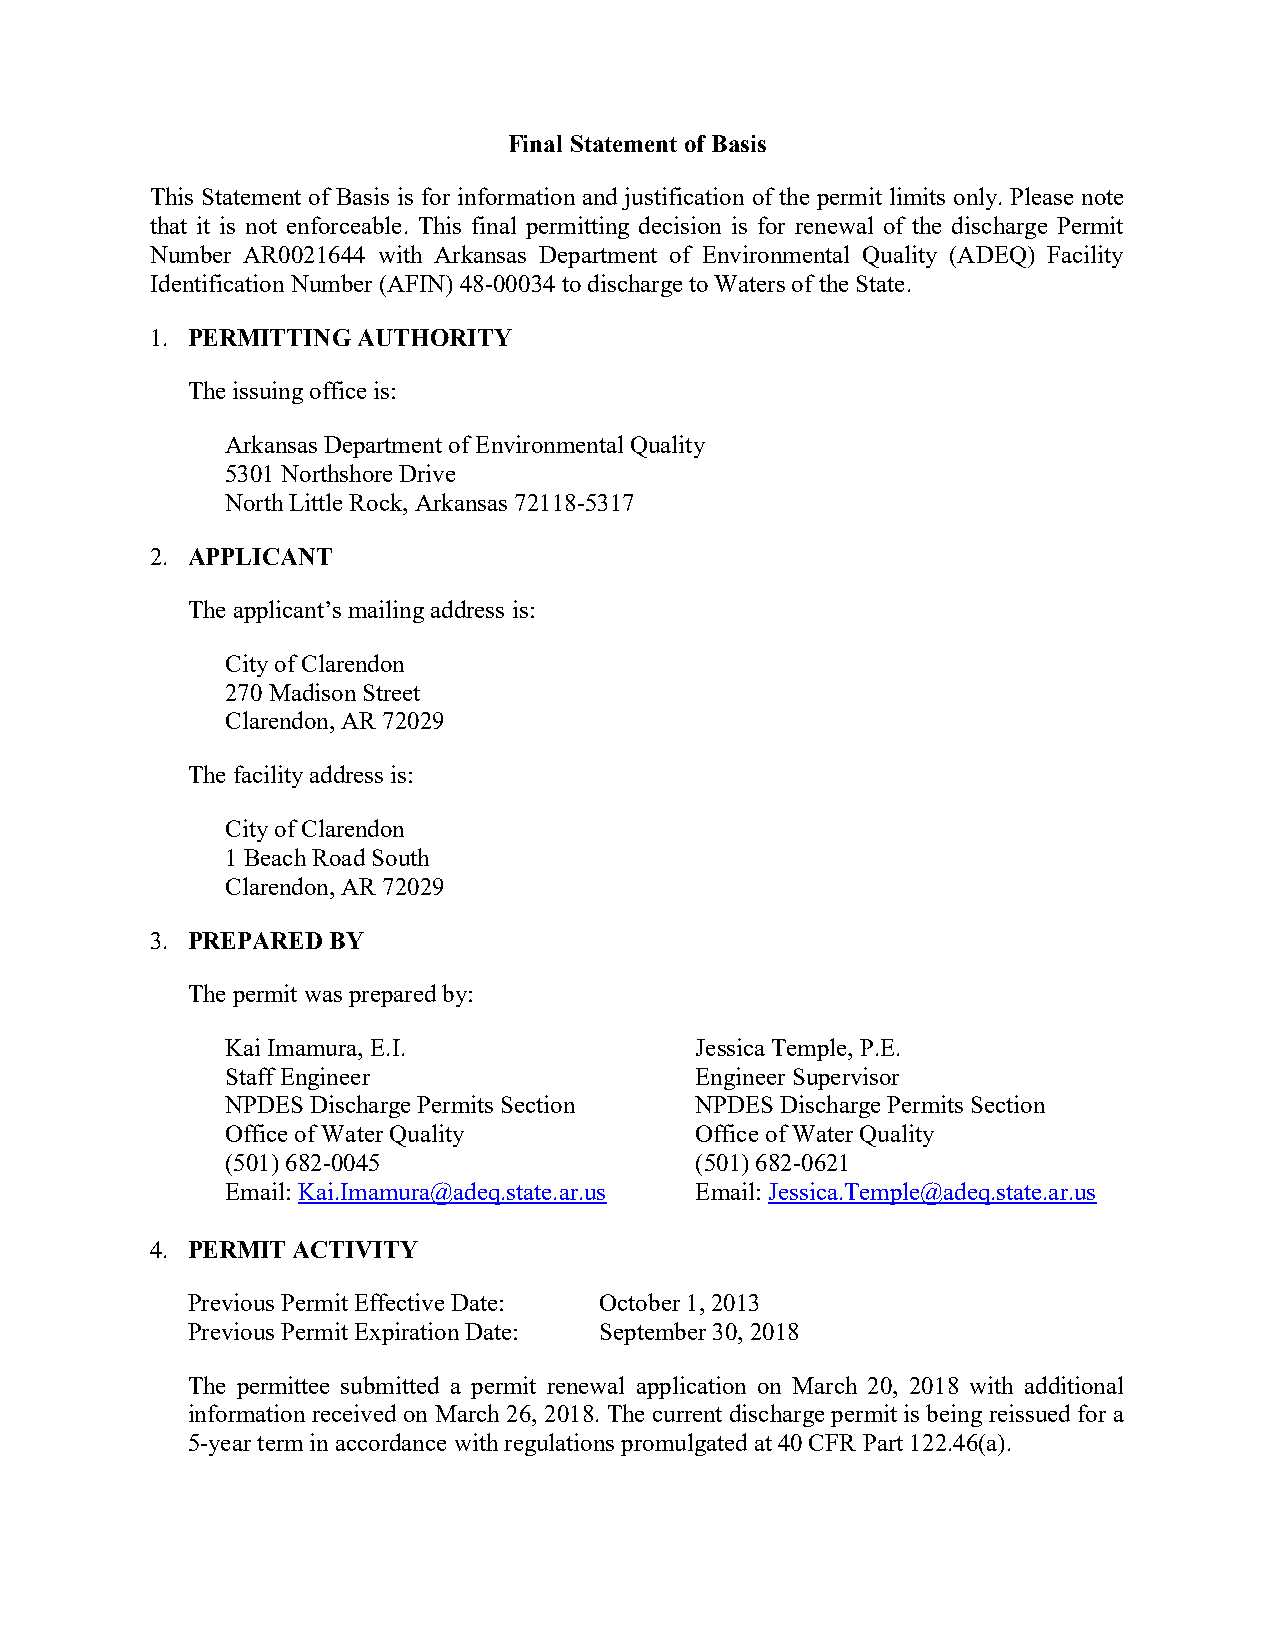
Final Statement of Basis
 This Statement of Basis is for information and justification of the permit limits only. Please note
 that it is not enforceable. This final permitting decision is for renewal of the discharge Permit
 Number AR0021644 with Arkansas Department of Environmental Quality (ADEQ) Facility
 Identification Number (AFIN) 48-00034 to discharge to Waters of the State.
 1. PERMITTING AUTHORITY
 The issuing office is:
 Arkansas Department of Environmental Quality
 5301 Northshore Drive
 North Little Rock, Arkansas 72118-5317
 2. APPLICANT
 The applicant’s mailing address is:
 City of Clarendon
 270 Madison Street
 Clarendon, AR 72029
 The facility address is:
 City of Clarendon
 1 Beach Road South
 Clarendon, AR 72029
 3. PREPARED BY
 The permit was prepared by:
 Kai Imamura, E.I.              Jessica Temple, P.E.
 Staff Engineer                 Engineer Supervisor
 NPDES Discharge Permits Section NPDES Discharge Permits Section
 Office of Water Quality        Office of Water Quality
 (501) 682-0045                 (501) 682-0621
 Email: Kai.Imamura@adeq.state.ar.us Email: Jessica.Temple@adeq.state.ar.us
 4. PERMIT ACTIVITY
 Previous Permit Effective Date: October 1, 2013
 Previous Permit Expiration Date: September 30, 2018
 The permittee submitted a permit renewal application on March 20, 2018 with additional
 information received on March 26, 2018. The current discharge permit is being reissued for a
 5-year term in accordance with regulations promulgated at 40 CFR Part 122.46(a).